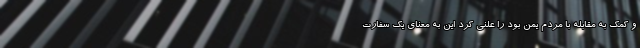
و کمک به مقابله با مردم یمن بود را علنی کرد این به معنای یک سفارت